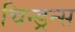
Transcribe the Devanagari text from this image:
चिन्ड्रन्स